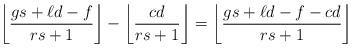
LaTeX: \begin{align*}\left\lfloor \frac{gs+\ell d -f}{rs+1}\right\rfloor -\left\lfloor \frac{cd}{rs+1}\right\rfloor = \left\lfloor \frac{gs+\ell d -f-cd}{rs+1}\right\rfloor\end{align*}